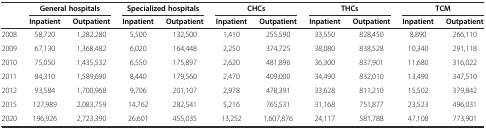
<table><thead><tr><td></td><td colspan="2"><b>General hospitals</b></td><td colspan="2"><b>Specialized hospitals</b></td><td colspan="2"><b>CHCs</b></td><td colspan="2"><b>THCs</b></td><td colspan="2"><b>TCM</b></td></tr><tr><td></td><td><b>Inpatient</b></td><td><b>Outpatient</b></td><td><b>Inpatient</b></td><td><b>Outpatient</b></td><td><b>Inpatient</b></td><td><b>Outpatient</b></td><td><b>Inpatient</b></td><td><b>Outpatient</b></td><td><b>Inpatient</b></td><td><b>Outpatient</b></td></tr></thead><tbody><tr><td>2008</td><td>58,720</td><td>1,282,280</td><td>5,500</td><td>132,500</td><td>1,410</td><td>255,590</td><td>33,550</td><td>828,450</td><td>8,890</td><td>266,110</td></tr><tr><td>2009</td><td>67,130</td><td>1,368,482</td><td>6,020</td><td>164,448</td><td>2,250</td><td>374,725</td><td>38,080</td><td>838,528</td><td>10,340</td><td>291,118</td></tr><tr><td>2010</td><td>75,050</td><td>1,435,532</td><td>6,550</td><td>175,897</td><td>2,620</td><td>481,896</td><td>36,300</td><td>837,901</td><td>11,680</td><td>316,022</td></tr><tr><td>2011</td><td>84,310</td><td>1,589,690</td><td>8,440</td><td>179,560</td><td>2,470</td><td>409,000</td><td>34,490</td><td>832,010</td><td>13,490</td><td>347,510</td></tr><tr><td>2012</td><td>93,584</td><td>1,700,968</td><td>9,706</td><td>201,107</td><td>2,978</td><td>478,391</td><td>33,628</td><td>811,210</td><td>15,502</td><td>379,842</td></tr><tr><td>2015</td><td>127,989</td><td>2,083,759</td><td>14,762</td><td>282,541</td><td>5,216</td><td>765,531</td><td>31,168</td><td>751,877</td><td>23,523</td><td>496,031</td></tr><tr><td>2020</td><td>196,926</td><td>2,723,390</td><td>26,601</td><td>455,035</td><td>13,252</td><td>1,607,876</td><td>24,117</td><td>581,788</td><td>47,108</td><td>773,901</td></tr></tbody></table>